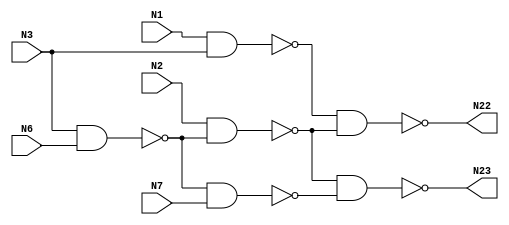
// This program was cloned from: https://github.com/techiepriyansh/zktsim
// License: Apache License 2.0

// Verilog
// c17
// Ninputs 5
// Noutputs 2
// NtotalGates 6
// NAND2 6

module c17 (N1,N2,N3,N6,N7,N22,N23);

input N1,N2,N3,N6,N7;

output N22,N23;

wire N10,N11,N16,N19;

nand NAND2_1 (N10, N1, N3);
nand NAND2_2 (N11, N3, N6);
nand NAND2_3 (N16, N2, N11);
nand NAND2_4 (N19, N11, N7);
nand NAND2_5 (N22, N10, N16);
nand NAND2_6 (N23, N16, N19);

endmodule